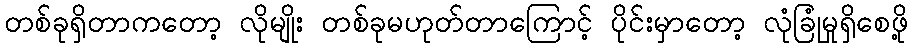
တစ်ခုရှိတာကတော့ လိုမျိုး တစ်ခုမဟုတ်တာကြောင့် ပိုင်းမှာတော့ လုံခြုံမှုရှိစေဖို့